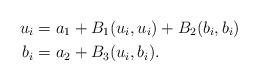
LaTeX: \begin{align*}u_i &= a_1 + B_1(u_i,u_i) + B_2(b_i,b_i) \\b_i &= a_2 + B_3(u_i,b_i).\end{align*}